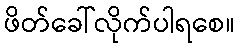
ဖိတ်ခေါ်လိုက်ပါရစေ။